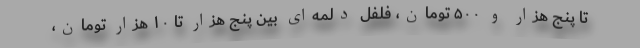
تا پنج هزار و ۵۰۰ تومان، فلفل دلمه‌ای بین پنج هزار تا ۱۰ هزار تومان،